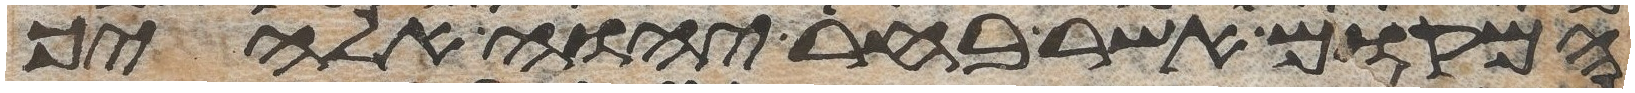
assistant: המקום אשר בחר יהוה אלהיך